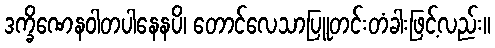
ဒက္ခိဏေနဝါတပါနေနပိ၊ တောင်လေသာပြူတင်းတံခါးဖြင့်လည်း။